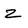
Character: Z